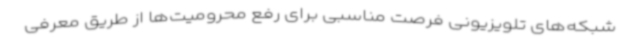
شبکه‌های تلویزیونی فرصت مناسبی برای رفع محرومیت‌ها از طریق معرفی